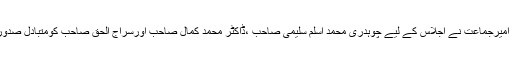
٭	محترم امیرجماعت نے اجلاس کے لیے چوہدری محمد اسلم سلیمی صاحب ،ڈاکٹر محمد کمال صاحب اورسراج الحق صاحب کومتبادل صدورمقرر کیا۔